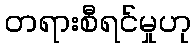
တရားစီရင်မှုဟု